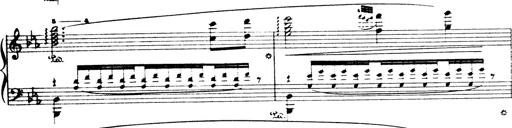
Title: Wagner-Liszt Album
Composer: Franz Liszt